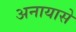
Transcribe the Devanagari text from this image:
अनायासे